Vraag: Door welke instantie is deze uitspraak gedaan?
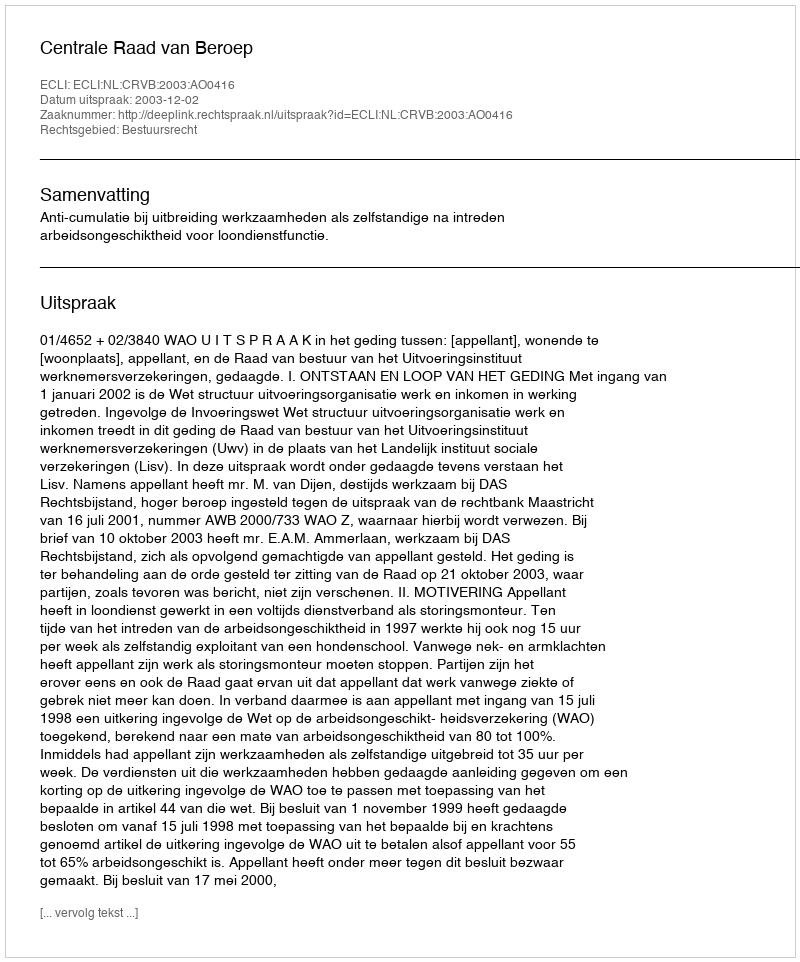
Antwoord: Centrale Raad van Beroep